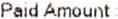
PAID AMOUNT: